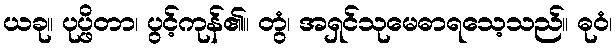
ယခု။ ပုပ္ဖိတာ၊ ပွင့်ကုန်၏။ တွံ၊ အရှင်သုမေဓာရသေ့သည်။ ဓုဝံ၊